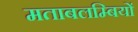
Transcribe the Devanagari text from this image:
मताबलम्बियों